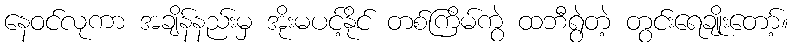
နေဝင်လုကာ အချိန်နည်းမှ အိုးမပင့်နိုင် တစ်ကြိမ်ကွဲ ထဘီရွဲတဲ့ တွင်းရေချိုးတော့်။